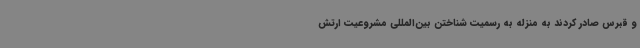
و قبرس صادر کردند به منزله به رسمیت شناختن بین‌المللی مشروعیت ارتش